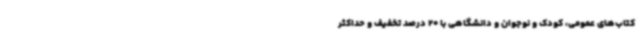
کتاب‌های عمومی، کودک و نوجوان و دانشگاهی با 20 درصد تخفیف و حداکثر